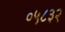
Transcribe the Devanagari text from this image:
०५८३२